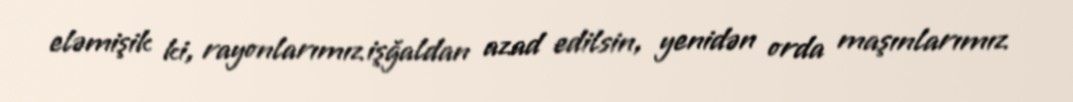
eləmişik ki, rayonlarımız işğaldan azad edilsin, yenidən orda maşınlarımız